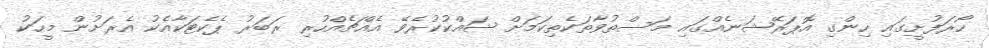
ހޯރަފުށީގައި ހިންގި އޮޕަރޭޝަނެއްގައި މަސްތުވާތަކެތިކަމަށް ޝައްކުކުރެވޭ އެއްޗެއްހުރި ރަބަރު ޕެކެޓަކާއެކު އެރަށުން މީހަކު